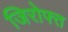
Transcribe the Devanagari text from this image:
जिरोफ्त